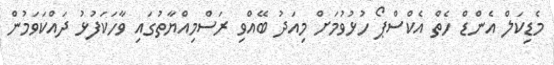
މެޑިކަލް އެންޑް ހެތް އެކްސްޕޯ ހުޅުވުމަށް މިއަދު ބޭއްވި ރަސްމިއްޔާތުގައި ވާހަކަފުޅު ދައްކަވަމުން